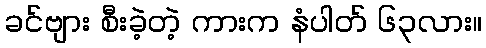
ခင်ဗျား စီးခဲ့တဲ့ ကားက နံပါတ် ၆၃လား။